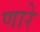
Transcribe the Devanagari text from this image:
णारे